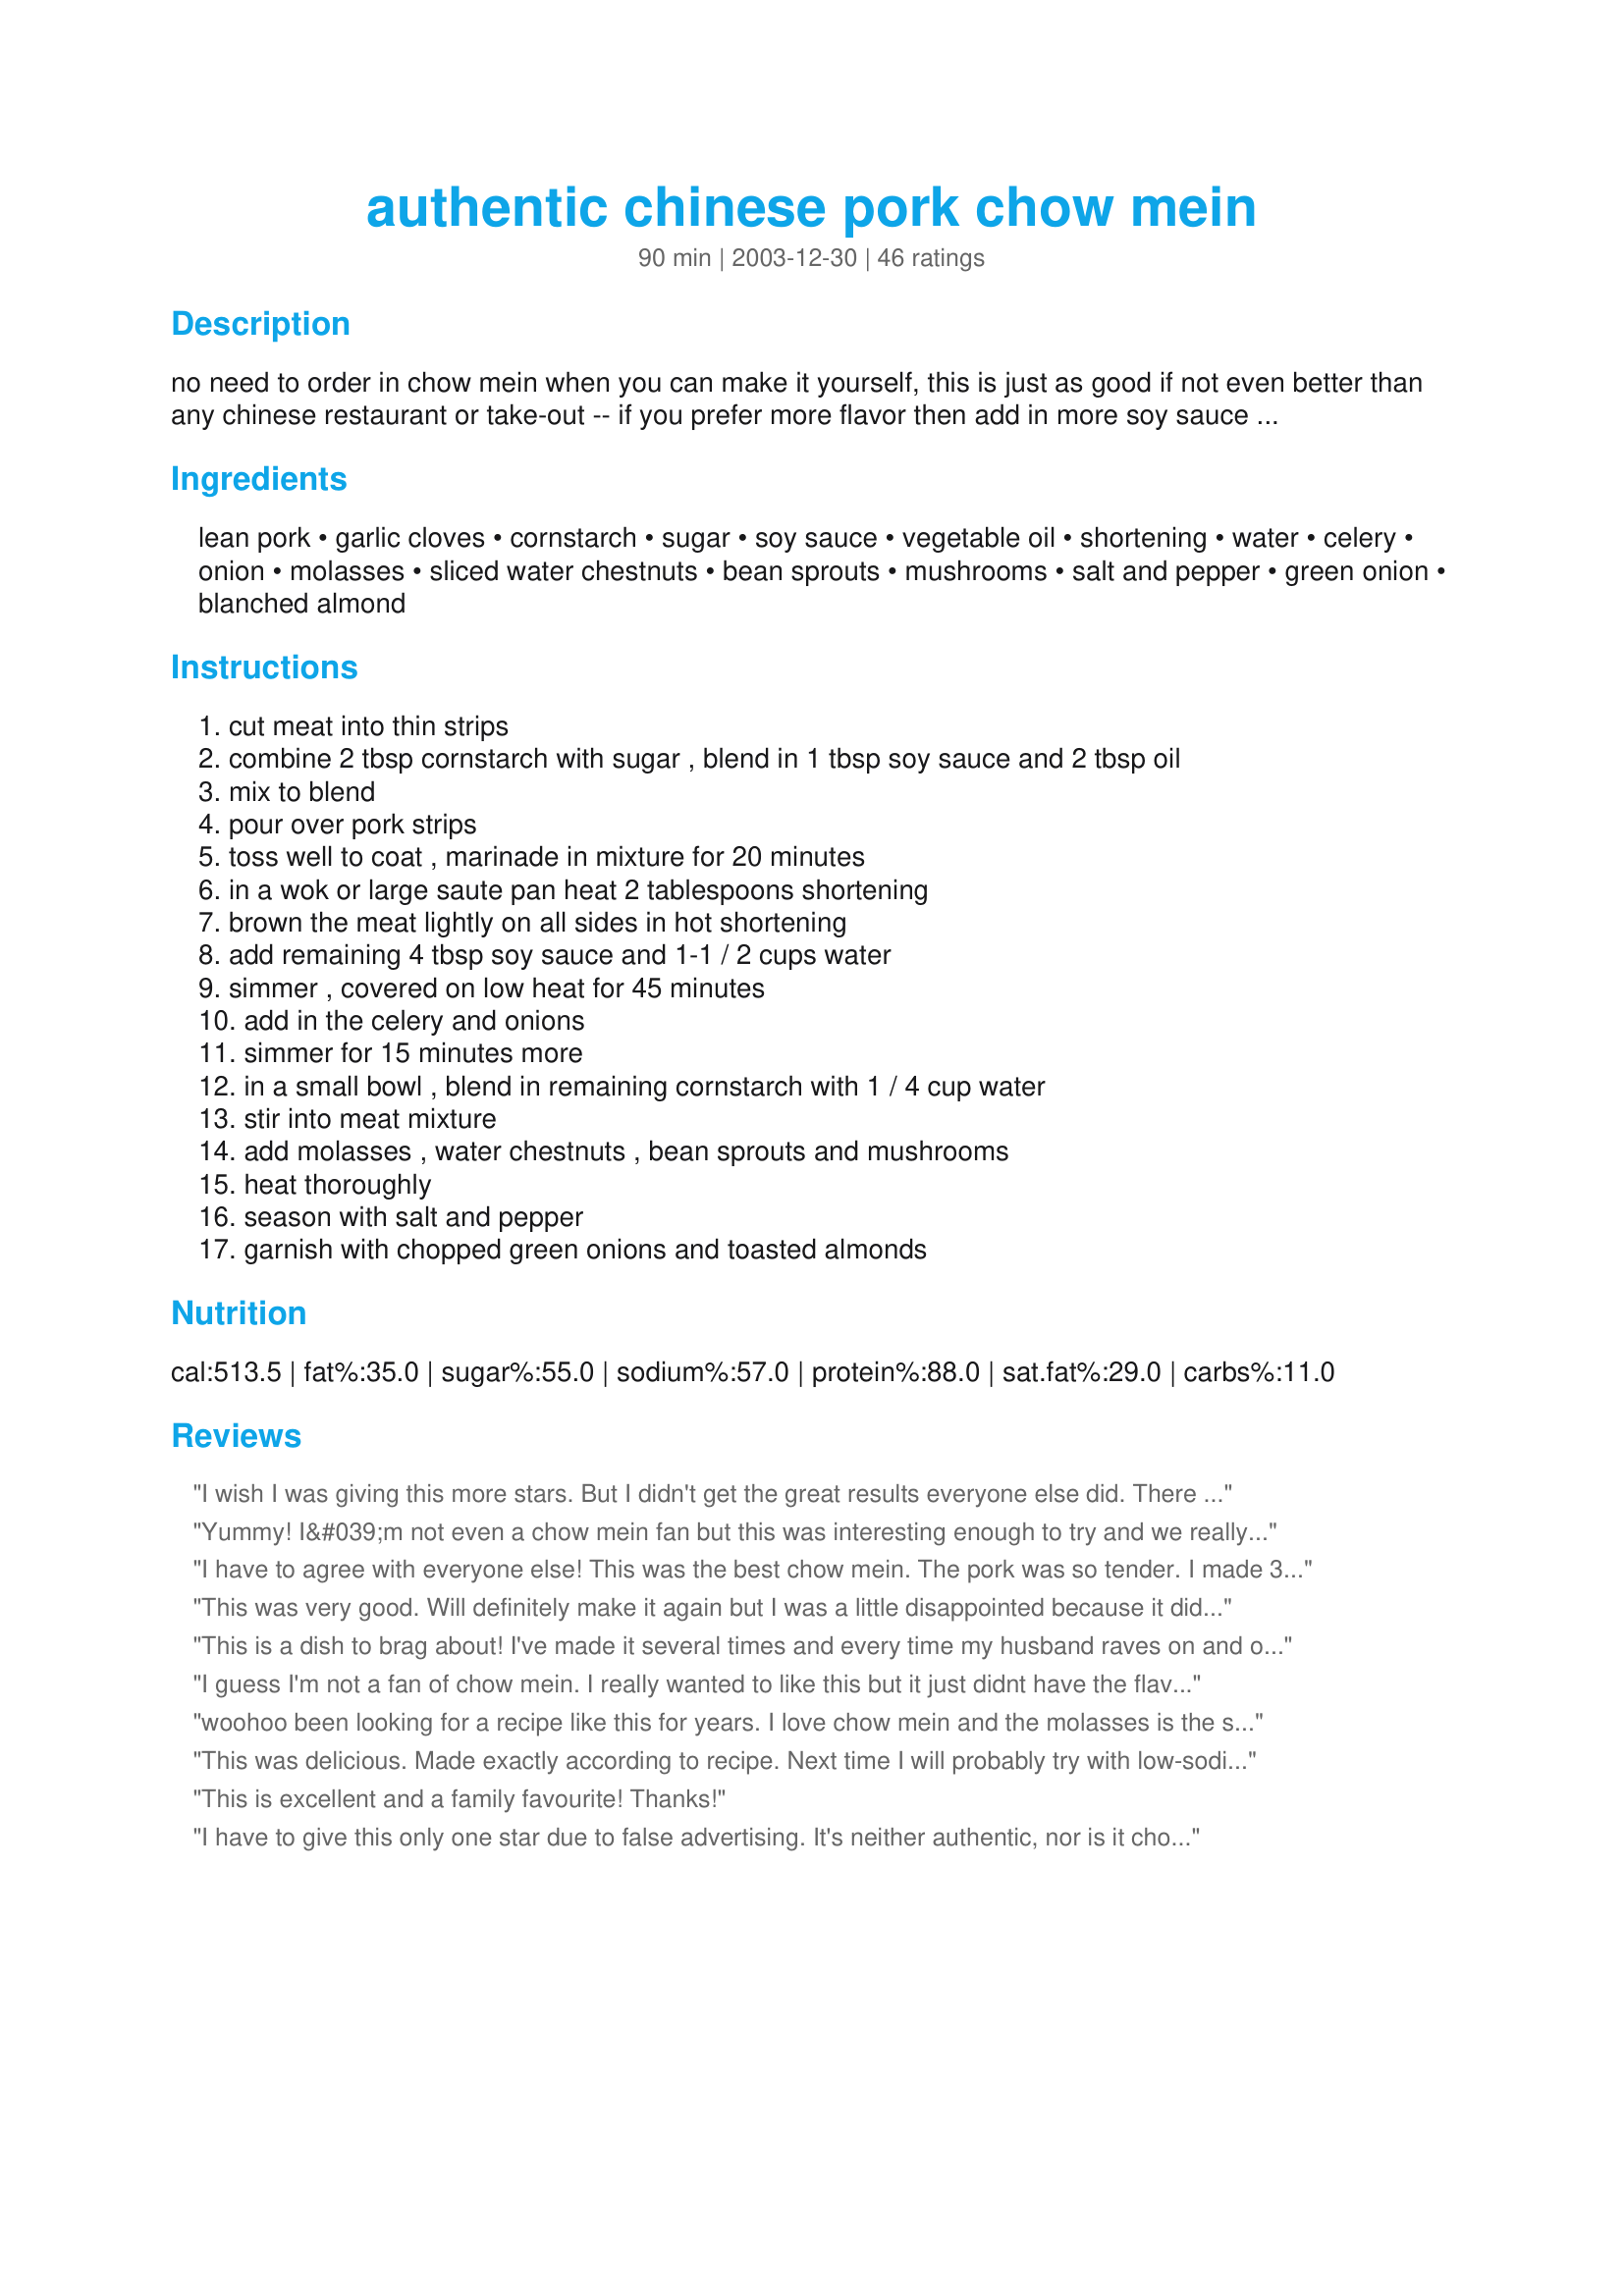
authentic chinese pork chow mein
Preparation time: 90 minutes

no need to order in chow mein when you can make it yourself, this is just as good if not even better than any chinese restaurant or take-out -- if you prefer more flavor then add in more soy sauce --- if desired after the pork is finished browning you may add in fresh minced garlic and stir for 2 minutes, this is only optional --- you will love this!

Ingredients:
lean pork, garlic cloves, cornstarch, sugar, soy sauce, vegetable oil, shortening, water, celery, onion, molasses, sliced water chestnuts, bean sprouts, mushrooms, salt and pepper, green onion, blanched almond

Steps:
cut meat into thin strips, combine 2 tbsp cornstarch with sugar , blend in 1 tbsp soy sauce and 2 tbsp oil, mix to blend, pour over pork strips, toss well to coat , marinade in mixture for 20 minutes, in a wok or large saute pan heat 2 tablespoons shortening, brown the meat lightly on all sides in hot shortening, add remaining 4 tbsp soy sauce and 1-1 / 2 cups water, simmer , covered on low heat for 45 minutes, add in the celery and onions, simmer for 15 minutes more, in a small bowl , blend in remaining cornstarch with 1 / 4 cup water, stir into meat mixture, add molasses , water chestnuts , bean sprouts and mushrooms, heat thoroughly, season with salt and pepper, garnish with chopped green onions and toasted almonds

Reviews:
I wish I was giving this more stars. But I didn't get the great results everyone else did. There was no broth left when done cooking so I added a bit of water. That was fixable. But the flavor was weak too. So, I added more soy sauce...about 2 tablespoons and it was not enough. It could still use more, but I am out. It is ok and will get eaten, but I wish it was as great as others had found. Hoping the flavor will be better tomorrow.
Yummy! I&#039;m not even a chow mein fan but this was interesting enough to try and we really liked it. Long cooking the pork was key, plus adding some extra soy, some chili/garlic sauce, and the molasses was such a silver bullet....who would have thought of that? I added bok choy for extra crunch and nutrition and used a lot less pork.
I have to agree with everyone else! This was the best chow mein. The pork was so tender. I made 3 different chinese dishes today for a special treat and this was one of them, and was rated the best out of them all. Thanks Kittencal for making this a memorable meal for us.
This was very good. Will definitely make it again but I was a little disappointed because it didn't have the flavor punch that I have become accustomed to from a Kittencal recipe. :) Maybe more Molasses? Not sure but it seemed to be missing some flavor. I have to say that I was concerned that the pork was cooking too long but it turned out very tender.
This is a dish to brag about! I've made it several times and every time my husband raves on and on about how tender the pork is. I always used canned sprouts and it turns out just fine. (good enough for us. And company, I might add) I froze a small portion and it seemed to do pretty well. Reheated in the microwave straight from the freezer for 2 minutes. TASTY!
I guess I'm not a fan of chow mein. I really wanted to like this but it just didnt have the flavor punch that i was looking for. DS really enjoyed it but the rest of us just thought it was ok. I'm sorry for the lower rating I just didn't care for it. Thank you ...... Stephanie
woohoo been looking for a recipe like this for years. I love chow mein and the molasses is the secret ingredient. Didnt use the blanched almonds,nor the mushrooms, didnt need them. Served over chow mein crispy noodles and steamed white rice. I was in Asian Heaven with this one.
This was delicious. Made exactly according to recipe. Next time I will probably try with low-sodium soy sauce, as I found it a little too salty. Also will double the celery, as that's how we like it in Minnesota. This is what's known as "Nankin-style" chow mein, after a popular Chinese restaurant in Minneapolis for years. Thanks for an awesome recipe!
This is excellent and a family favourite! Thanks!
I have to give this only one star due to false advertising. It's neither authentic, nor is it chow mein. There is absolutely no part of the name "authentic chow mein" that even begins to describe this. I'm ashamed at this recipe. Whether it's tasty or not is irrelevant, it's NOT chow mein. Chow mein is the old fashioned way of writing what is now written in pinyin as Ch%u01CEomi?n. Ch%u01CEo literally means "fried" and "mi?n" literally means "noodles". There are absolutely no noodles in the recipe whatsoever. What this is is a vaguely Chinese'esque (not authentic) pork stir fry. It is NOT even remotely close to chow mein.<br/>If anything, it should be called "substitute oriental pork stir fry." I say substitute because the recipe involves a number of ingredients that are common substitutes for difficult to find produce or sauces.<br/>If you like the recipe, then by all means, like it and eat it. Just don't call it "chow mein" and at the very least don't call it "authentic chow mein" when it's anything but.
This was awesome! I have made many stir-frys over the years, but this is by far the best and the first one that has actually tasted and looked as good as take out! Followed the recipe exactly and will definitely be making again and again.
This is really good!! I made it with chicken instead of pork, and it was Excellent!! Next time I will try it with the pork. Thanks alot Kittencal....
This is a great recipe! I used olive oil to brown the pork, then added the celery, onions and garlic and sauteed for a few more minutes. Due to other reviewers, I added another tsp. of molasses as well. Thanks for a winner, Kitten!
Excellent - better then take out. Served with fried rice #216064.
Absolutely fantastic. My husband said is this chicken. I used pork loin and also added bean sprouts and sliced waterchesnuts. The meat was so tender and flavorful. I had a similar recipe but marinating the meant is the difference. So good.
Thanks again Kittencal

This is wonderful!! perfect in everyway

Susan
This dish is amazing. We made it for dinner tonight and there was not a scrap left!
Simple, easy to follow recipe that comes out just fantastic.
Thanks for another winner Kitten!
I have tried many chow mein recipes but this is the best. Loved it all but may add red pepper next time. I used canned bean sprouts but love fresh so may try that also.
This was great! I made it exact to the recipe, except I used chicken instead of pork. My husband I both ageed that this was some of the best chow mein we've had in along time!
I wasn't sure how to rate this recipe. I can't even remember the last time I had Chow Mein and that is why I wanted to try it. It was easy to put together and smelled great, and it tasted okay too. But it was too bland for us, and maybe that is the way chow mein is suppose to be..so even though it was an easy enough recipe to follow and the flavor was okay, I would say Chow Mein is not for us. I did wonder if oyster sauce could be replaced for the molasses, and rice wine vinegar and sesame oil could be used somewhere, but then it might not be a Chow Mein recipe.
Delicious chow mein, Kitten! I did add some fresh broccoli and a few carrots to up the veggies. A friend joined us who has a very restricted diet. I served it over jasmine rice, but hubby just used the chow mein noodles. Don't leave out the molasses--it's a critical ingredient! Thanks for posting; we'll have this often!
I hate to disagree but it was missing something. We added more soy sauce and I probably should have added more pepper but this just didn't do it for us.
I used chicken instead of pork. Great recipe -- one I'll use again!
This is the most best chow mein I have ever had! it's better than any Chinese food take out, I wish I could rate this more than 5 stars, this recipe needs no changes what so ever, don't order take out, make this! thank you Kitty!
This was so yummy. I added Tofu and chicken instead of pork. I'm an inpatient cook so I dumped all my veggies in after the chicken was cooked. While they were cooking I mixed together all the sauce ing & dumped in when veggies were tender. I halved the spouts & added chow mein noodles right before adding the sauce. Simmered for about 3 mins. Thickened nicley. I will definatly make this again. Thanks for the recipe!!
The flavors of this dish brought back an awful lot of fond memories of this great restaurant back home in Roseville, MN. I didn't have enough bean sprouts (I used a single can) and one of my dinner guests doesn't like mushrooms (I left them out) but it really tasted great!

The only things I'd call to attention are these...

One, the recipe calls for 3 Tablespoons of oil but the instructions only account for 2 Tablespoons.

And, Two, according to the translations I did of 1/4 Cup Cornstarch, that equals 2 Tablespoons ... thus, when the recipe says "use the remainder" that really leaves nothing. I guessed when creating the slurry and used an additional 2 Tablespoons of Cornstarch.

Still, this is an excellent-tasting recipe and really went over well!

Oh, and I was out of almonds, so I toasted some cashews, instead. Excellent!
WOW! I don't have to go to a Chinese Restaurant anymore. Chow Mein is my favorite and I didn't use the almond or mushrooms either. You don't miss them.Thank you, Thank you
Would like to add my kudos, Kittenkal. Did not add mushrooms (allergic) and did not affect the overall taste. IMO! Served over rice with chow mein noodles on top. Didn't have time for a picture, because it went too fast. Thnx for posting.
This is the recipe that introduced me to RecipeZaar. It is my now my go-to recipe for chow mein. I've made this at least four times and it is always excellent.

The recipe is versatile - you can vary the veggies based on what you have on hand and what you like. Julienned carrots, cabbage, green peppers, you name it.

The secret seems to be the fairly long braise of the browned pork, covered, in the water/soy sauce mixture. I usually use boneless pork loin when I make this and you'd think this would be mercilessly overcooking it, but it comes out great every time, and would probably also work with tougher pork like sirloin or possibly even butt if you cut it small enough.

The other secret, of course, is the molasses.

I'd rate this as one of the best two or three recipes I've found on the internet, and the net's been my cookbook for over a decade now.
It is tasty but it would be more chow mein if it actually had lo mein or sam see mein noodles. This is more like chop suey. You can also add cabbage, broccoli, carrots (thinly sliced),snow peas, or beans and top with green onions and chopped egg omelet. I also rather have shiitake mushrooms instead of canned button mushrooms. It has a meatier flavor. I would add a tablespoon or two of mirin or sherry and some oyster sauce. I do like things on the sweet side. I would not have thought to add molasses.&lt;br/&gt;&lt;br/&gt;The molasses in this recipe and the soy sauce = thick soy sauce
My Mother's Chow Mein recipe sadly was one that was not written down. I've ordered from Chinese Restaurants, but they were not even close. After searching many recipe sights, I found this recipe. I added a bit more molasses and soy sauce, left off the green onions and almonds. I served over steamed rice and crunchy chinese noodles. Fantastic! Thank you. This recipe is going in my file for sure!
This was great. I've been craving chinese food but haven't been able to eat it since I'm having to avoid salt at the moment. Used low sodium soy sauce and this was definitely a treat. Used fresh mushrooms. It did take a little longer to prepare than I had hoped but it may have been the juggeling of 3 small children while cooking that did us in. Served over rice. Highly recommend this!
Wow, this one is confusing. I've been cooking for 30+ years, and I still made mistakes. Number one, it calls for 2 c water, divided. But the recipe itself calls for 1 1/2 plus 1/4, which to me equals 1 3/4. The method is way to complicated for what should be a simple stir fry. Taste was pretty good, though.
very nice, thankyou for the easy recipe.
Kitten, usually love your recipes, but mein means noodles. Where are the noodles? More like chop suey. Tried it, tasted good...served with rice.
I love this recipe and make it quite often. I often add other veggies, depending on what I have. For those of you who think this is too bland or missing something, try adding a little bit of toasted sesame oil and a tablespoon or so of oyster sauce. Makes a big difference in flavor. However, it is yummy and I highly recommend it.
The pork was super tender! It does cook for a long time (I should've read the recipe through before I started!!), and mine turned out a little saucey. I probably won't add as much water at the end next time. But, everyone loved it! It's a keeper in our house! Thanks!
EXCELLENT Recipe! I used Pork Tenderloin, added 1Tbls. Oyster Sauce, 1 tsp. Sesame Oil, 1 1/2 Tbls. Fish sauce
This is almost the identical recipe that my mother has been making for over 40 years. It is perfect:) The only thing different is that we do not use shortening.
This was perfect. Just what I was looking for. I added 8 oz can bamboo shoots and used a 15 oz can of (because of the site) I'll call them umbrella looking mushrooms. I drained all the cans and ended up adding a 1/4 cup of water at the end. I wanted the juice. I couldn't use fresh vegetables because I don't think Louisiana knows those vegetebale in the can were at one time fresh. This would be great either with pork or chicken.
This was the best Chow Mein I have ever had, from a restaurant or my own, this beats them all hands down. I added another teaspoon of molasses and a little extra soy sauce at the end...perfect.
What a great dish! I used a pork tenderloin and the meat cooked up beautifully. I followed all the directions as is and made one addition of thinly sliced bamboo shoots. Delish! Served over steamed rice and topped with crunchy chow mein noodles. I will be putting this in the keeper file!
This is so good. And so easy too. I will be making this again!! Thank you
Great recipe we enjoyed it very much.Thanks for posting
I used a pack of assorted pork chops that were on sale.I also doubled recipe glad I did as it was well liked and eaten.Thanks for posting
This is extremely good. Hubby said resturant quality! Thanks kittencal for a keeper.
